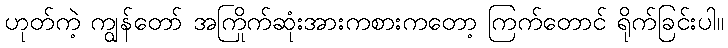
ဟုတ်ကဲ့ ကျွန်တော် အကြိုက်ဆုံးအားကစားကတော့ ကြက်တောင် ရိုက်ခြင်းပါ။